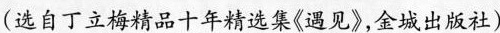
(选自丁立梅精品十年精选集《遇见》， 金域出版社）